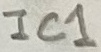
Text: IC1